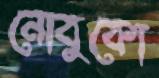
নোবুকো